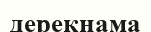
дерекнама